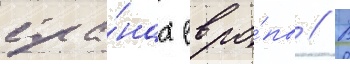
стра́нах евро́пы // В